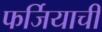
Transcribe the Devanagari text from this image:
फर्जियाची